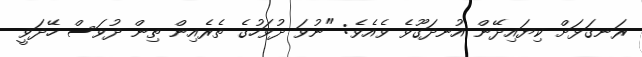
ރަނގަޅަށް ކިޔައިދޭން އުނދަގޫވެ ވެއެވެ: "ނުވަ ދުވަހުގެ ތެރެއިން ތިން ދުވަސް ހޭދަވީ